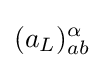
(a_{L})_{ab}^{\alpha }